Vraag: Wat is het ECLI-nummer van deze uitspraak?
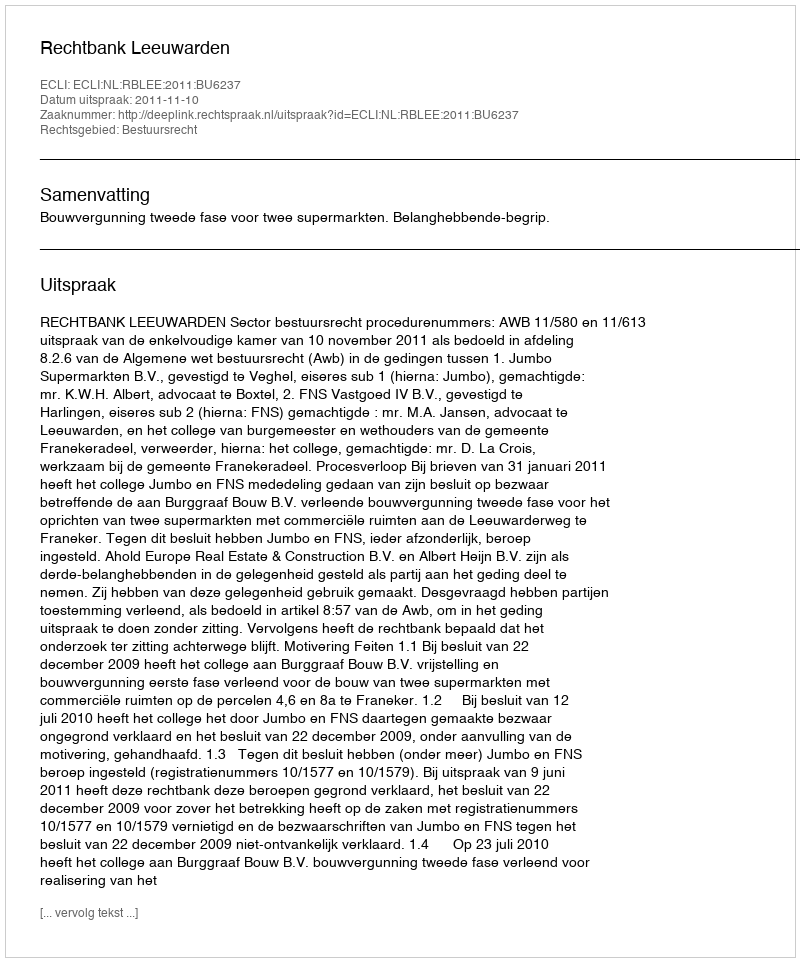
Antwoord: ECLI:NL:RBLEE:2011:BU6237